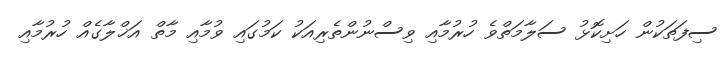
ސިފަތަކުން ހަށިކޮޅު ސަލާމަތްވެ ހުރުމާއި ވިސްނުންތެރިއަކު ކަމުގައި ވުމާއި މާތް އަޚްލާގެއް ހުރުމާއި